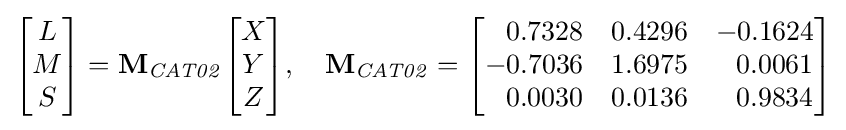
{\begin{bmatrix}L\\M\\S\end{bmatrix}}=\mathbf {M} _{\mathit {CAT02}}{\begin{bmatrix}X\\Y\\Z\end{bmatrix}},\quad \mathbf {M} _{\mathit {CAT02}}={\begin{bmatrix}\;\;\,0.7328&0.4296&-0.1624\\-0.7036&1.6975&\;\;\,0.0061\\\;\;\,0.0030&0.0136&\;\;\,0.9834\end{bmatrix}}